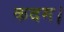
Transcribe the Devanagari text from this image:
कदम।